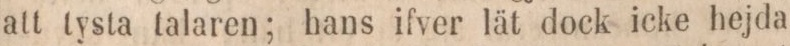
att tysta talaren; hans ifver lät dock icke hejda